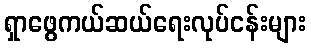
ရှာဖွေကယ်ဆယ်ရေးလုပ်ငန်းများ